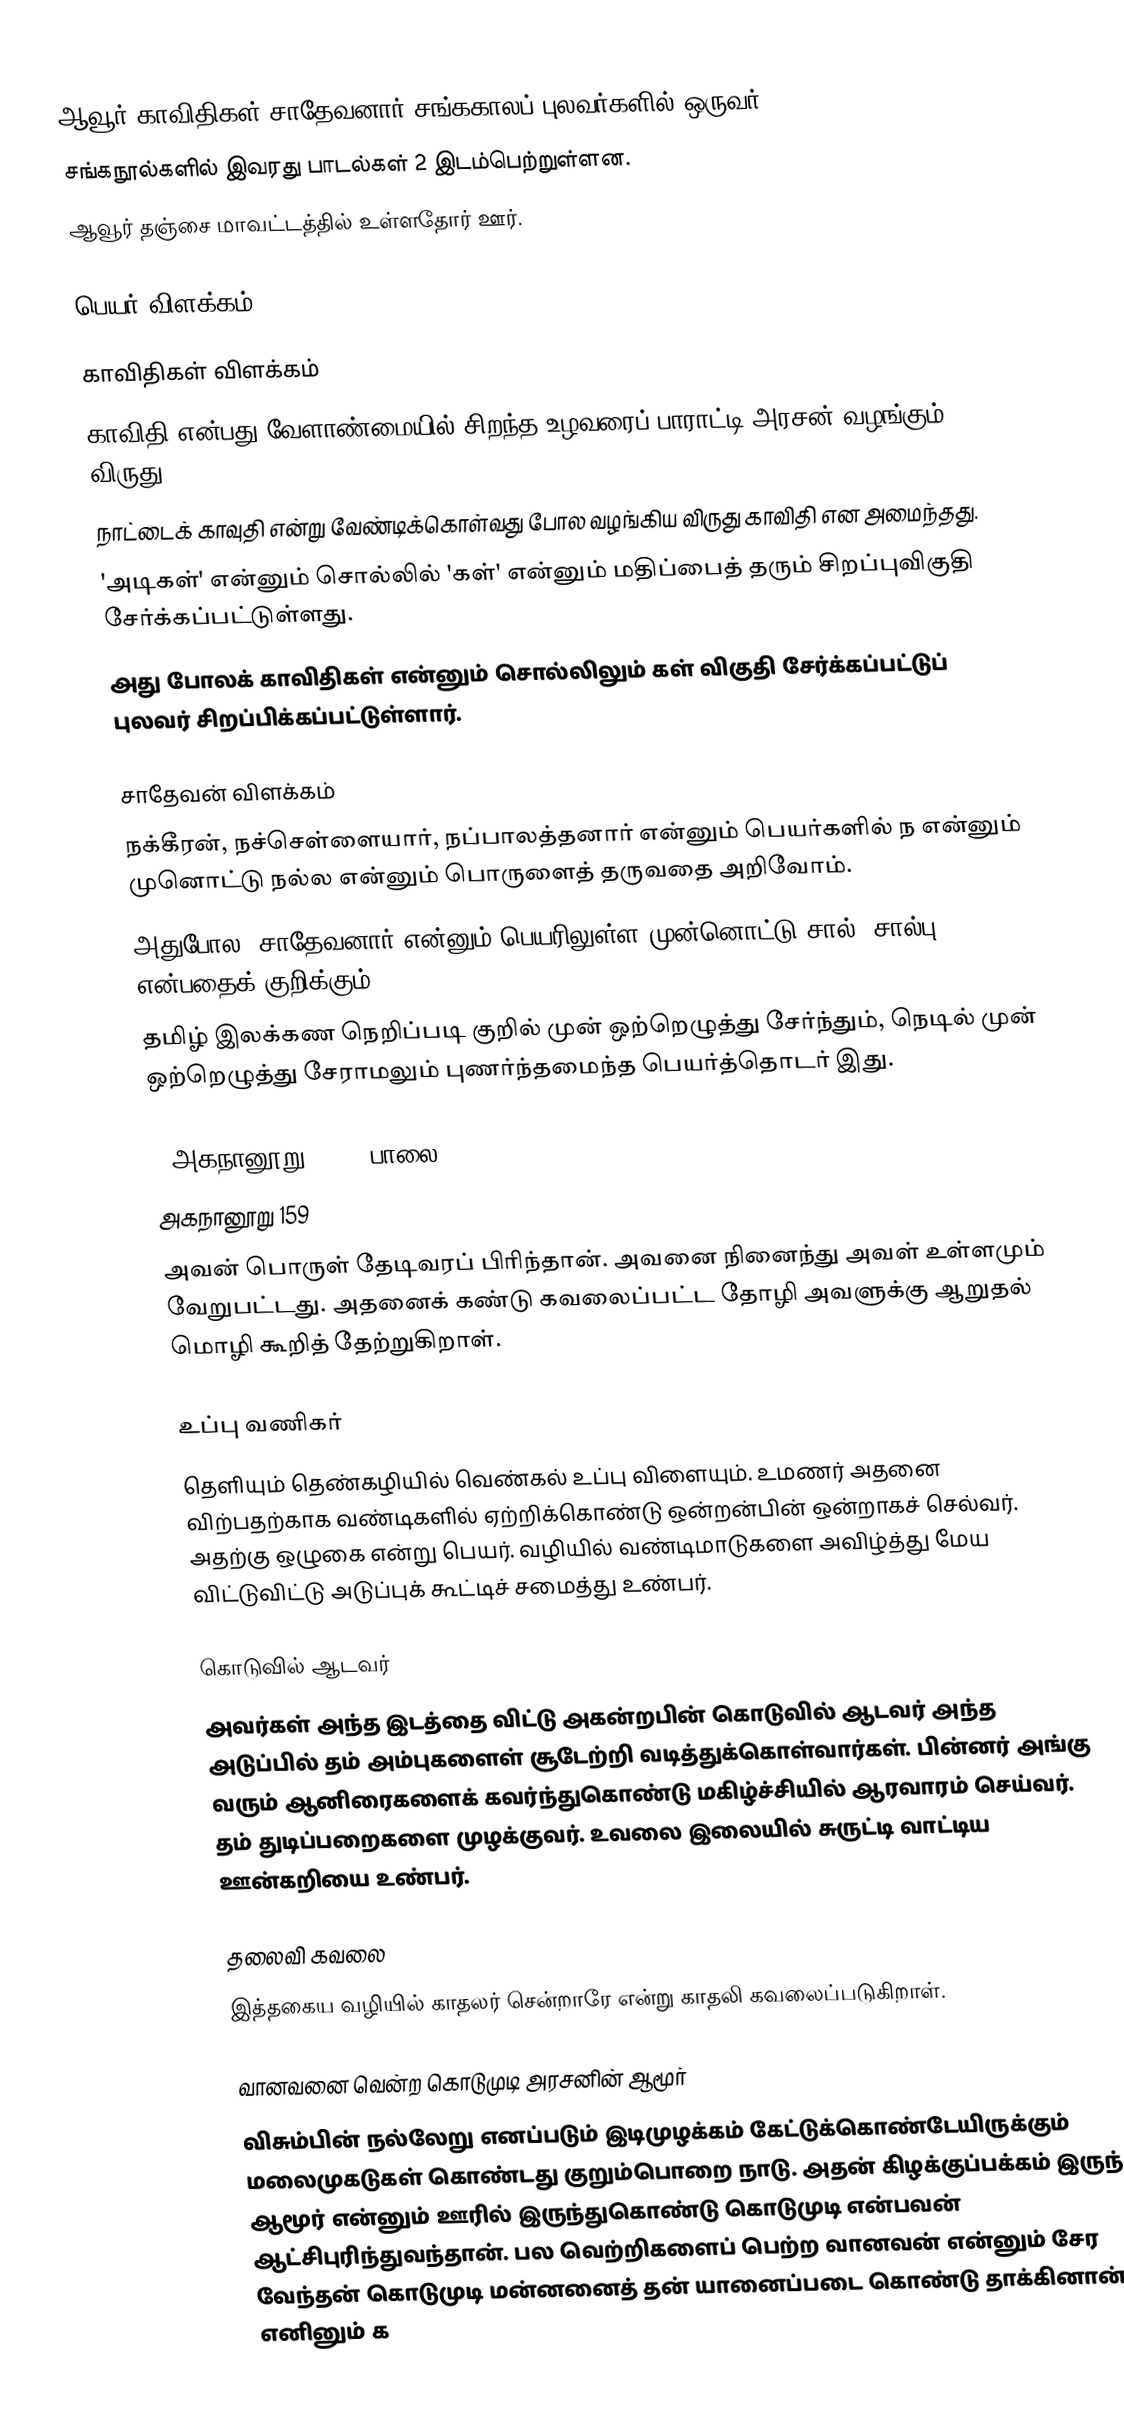
ஆவூர் காவிதிகள் சாதேவனார் சங்ககாலப் புலவர்களில் ஒருவர்.
சங்கநூல்களில் இவரது பாடல்கள் 2 இடம்பெற்றுள்ளன.
ஆவூர் தஞ்சை மாவட்டத்தில் உள்ளதோர் ஊர்.

பெயர் விளக்கம்

காவிதிகள் விளக்கம்
காவிதி என்பது வேளாண்மையில் சிறந்த உழவரைப் பாராட்டி அரசன் வழங்கும் விருது.
நாட்டைக் காவுதி என்று வேண்டிக்கொள்வது போல வழங்கிய விருது காவிதி என அமைந்தது.
'அடிகள்' என்னும் சொல்லில் 'கள்' என்னும் மதிப்பைத் தரும் சிறப்புவிகுதி சேர்க்கப்பட்டுள்ளது.
அது போலக் காவிதிகள் என்னும் சொல்லிலும் கள் விகுதி சேர்க்கப்பட்டுப் புலவர் சிறப்பிக்கப்பட்டுள்ளார்.

சாதேவன் விளக்கம்
நக்கீரன், நச்செள்ளையார், நப்பாலத்தனார் என்னும் பெயர்களில் ந என்னும் முனொட்டு நல்ல என்னும் பொருளைத் தருவதை அறிவோம்.
அதுபோல, சாதேவனார் என்னும் பெயரிலுள்ள முன்னொட்டு சால் (சால்பு) என்பதைக் குறிக்கும்.
தமிழ் இலக்கண நெறிப்படி குறில் முன் ஒற்றெழுத்து சேர்ந்தும், நெடில் முன் ஒற்றெழுத்து சேராமலும் புணர்ந்தமைந்த பெயர்த்தொடர் இது.

1 அகநானூறு: 159 (பாலை)
அகநானூறு 159
அவன் பொருள் தேடிவரப் பிரிந்தான். அவனை நினைந்து அவள் உள்ளமும் வேறுபட்டது. அதனைக் கண்டு கவலைப்பட்ட தோழி அவளுக்கு ஆறுதல் மொழி கூறித் தேற்றுகிறாள்.

உப்பு வணிகர்
தெளியும் தெண்கழியில் வெண்கல் உப்பு விளையும். உமணர் அதனை விற்பதற்காக வண்டிகளில் ஏற்றிக்கொண்டு ஒன்றன்பின் ஒன்றாகச் செல்வர். அதற்கு ஒழுகை என்று பெயர். வழியில் வண்டிமாடுகளை அவிழ்த்து மேய விட்டுவிட்டு அடுப்புக் கூட்டிச் சமைத்து உண்பர்.

கொடுவில் ஆடவர்
அவர்கள் அந்த இடத்தை விட்டு அகன்றபின் கொடுவில் ஆடவர் அந்த அடுப்பில் தம் அம்புகளைள் சூடேற்றி வடித்துக்கொள்வார்கள். பின்னர் அங்கு வரும் ஆனிரைகளைக் கவர்ந்துகொண்டு மகிழ்ச்சியில் ஆரவாரம் செய்வர். தம் துடிப்பறைகளை முழக்குவர். உவலை இலையில் சுருட்டி வாட்டிய ஊன்கறியை உண்பர்.

தலைவி கவலை
இத்தகைய வழியில் காதலர் சென்றாரே என்று காதலி கவலைப்படுகிறாள்.

வானவனை வென்ற கொடுமுடி அரசனின் ஆமூர்
விசும்பின் நல்லேறு எனப்படும் இடிமுழக்கம் கேட்டுக்கொண்டேயிருக்கும் மலைமுகடுகள் கொண்டது குறும்பொறை நாடு. அதன் கிழக்குப்பக்கம் இருந்த ஆமூர் என்னும் ஊரில் இருந்துகொண்டு கொடுமுடி என்பவன் ஆட்சிபுரிந்துவந்தான். பல வெற்றிகளைப் பெற்ற வானவன் என்னும் சேர வேந்தன் கொடுமுடி மன்னனைத் தன் யானைப்படை கொண்டு தாக்கினான். எனினும் க